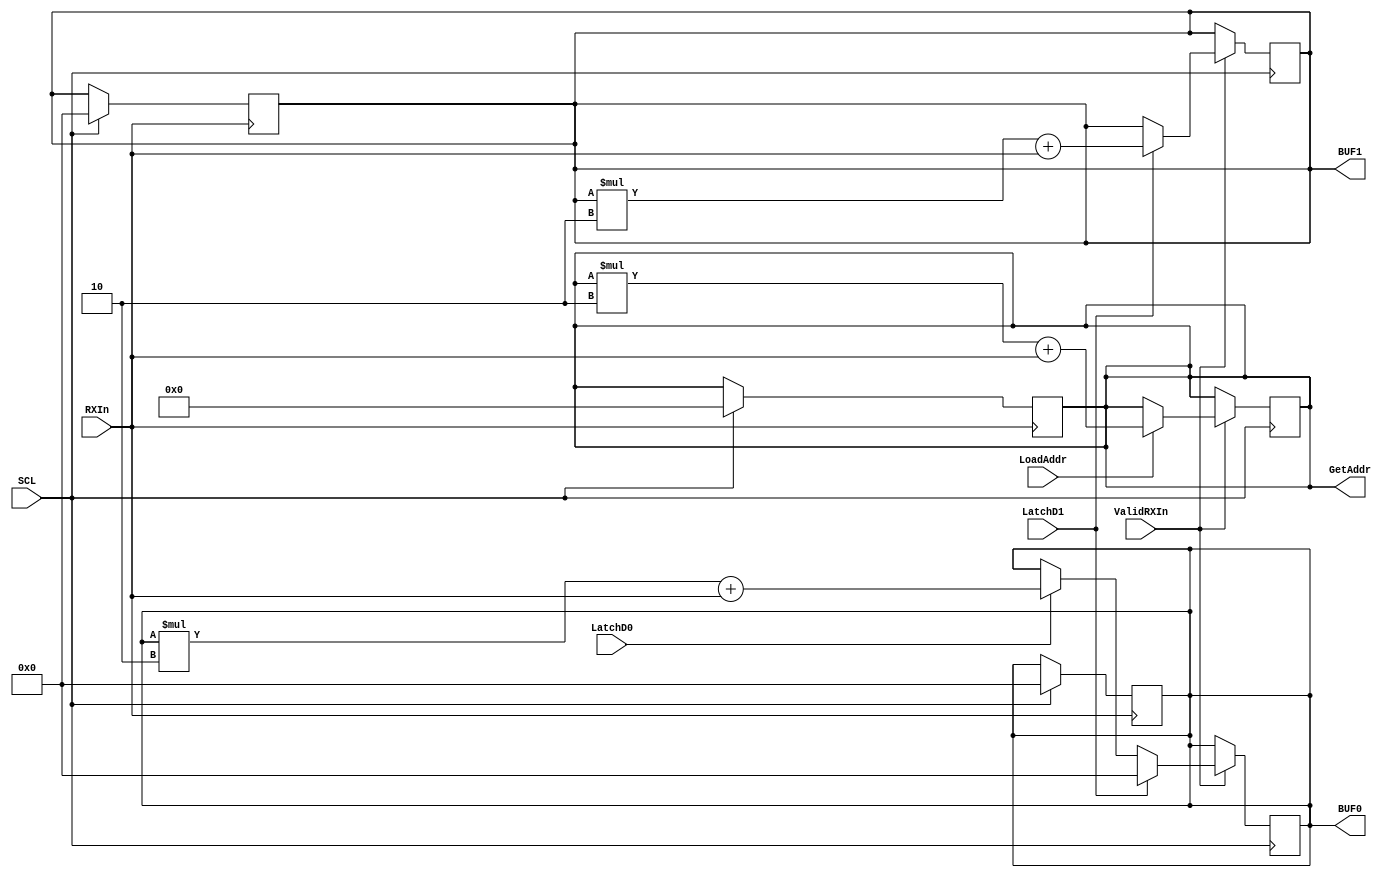
module ReceiverBuffer (RXIn, SCL,  LoadAddr, GetAddr, BUF0, BUF1, LatchD1, LatchD0, ValidRXIn);
input LatchD1, LatchD0,SCL,ValidRXIn,  LoadAddr;
input RXIn;
output [31:0] BUF0;
output  [31:0] BUF1;
output [7:0] GetAddr;

reg [7:0] GetAddr;
reg [2:0] Count;
reg [31:0] BUF0;
reg  [31:0] BUF1;

//assign RXIn =  (LoadAck) ? 1'b0: 1'b1; 

always @(negedge SCL)
begin
if (ValidRXIn)
begin
if(LoadAddr)
begin

GetAddr = GetAddr*2;
GetAddr = GetAddr + RXIn;
end
if(LatchD0)
begin
  BUF0 = BUF0*2;
  BUF0 = BUF0 + RXIn;
  BUF1 <= 0;
end
if(LatchD1)
begin
   BUF1 = BUF1*2;
   BUF1 = BUF1 + RXIn;
   BUF0 <= 0;
end
end
end

always @ (negedge RXIn)
begin
if (SCL == 1)
begin 
BUF0 <= 0;
BUF1 <=0;
GetAddr <= 0;
end
end

endmodule